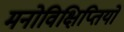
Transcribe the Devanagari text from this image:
मनोविक्षिप्तियों